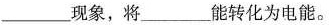
_____现象，将______能转化为电能。